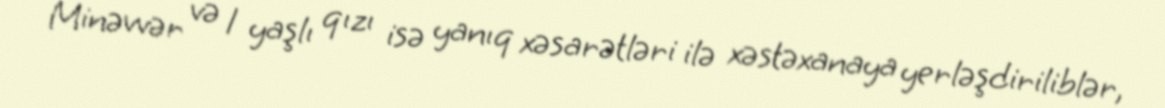
Minəvvər və 1 yaşlı qızı isə yanıq xəsarətləri ilə xəstəxanaya yerləşdiriliblər,